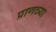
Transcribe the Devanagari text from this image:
प्राणच्या